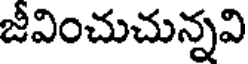
జీవించుచున్నవి